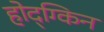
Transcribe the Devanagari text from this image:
होद्ग्किन